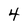
Character: 4